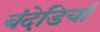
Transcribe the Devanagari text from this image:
बंदेडियाँ